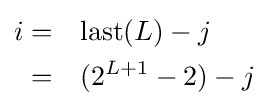
{\begin{alignedat}{2}i=&\quad {\text{last}}(L)-j\\=&\quad (2^{L+1}-2)-j\\\end{alignedat}}